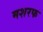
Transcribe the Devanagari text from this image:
मशरफ